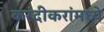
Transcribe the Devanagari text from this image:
करंदीकरांमध्ये